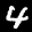
Label: 4